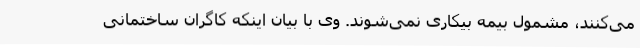
می‌کنند، مشمول بیمه بیکاری نمی‌شوند. وی با بیان اینکه کاگران ساختمانی